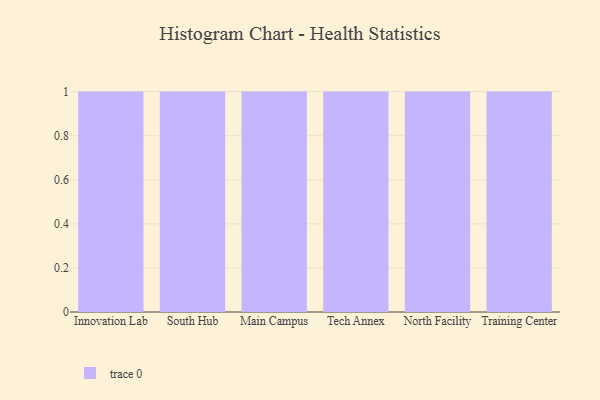
{"axis": {"x": "Campus", "y": "Page Views"}, "legend": [""], "data": [{"x": "Innovation Lab", "y": 6, "type": ""}, {"x": "South Hub", "y": 94, "type": ""}, {"x": "Main Campus", "y": 60, "type": ""}, {"x": "Tech Annex", "y": 79, "type": ""}, {"x": "North Facility", "y": 26, "type": ""}, {"x": "Training Center", "y": 87, "type": ""}]}